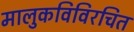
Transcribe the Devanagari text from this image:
मालुकविविरचित